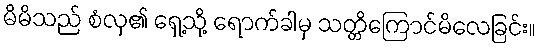
မိမိသည် စံလှ၏ ရှေ့သို့ ရောက်ခါမှ သတ္တိကြောင်မိလေခြင်း။